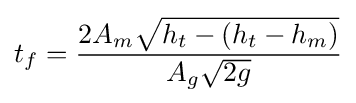
t_{f}={\frac {2A_{m}{\sqrt {h_{t}-(h_{t}-h_{m})}}}{A_{g}{\sqrt {2g}}}}